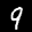
Label: 9